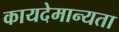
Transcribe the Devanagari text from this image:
कायदेमान्यता